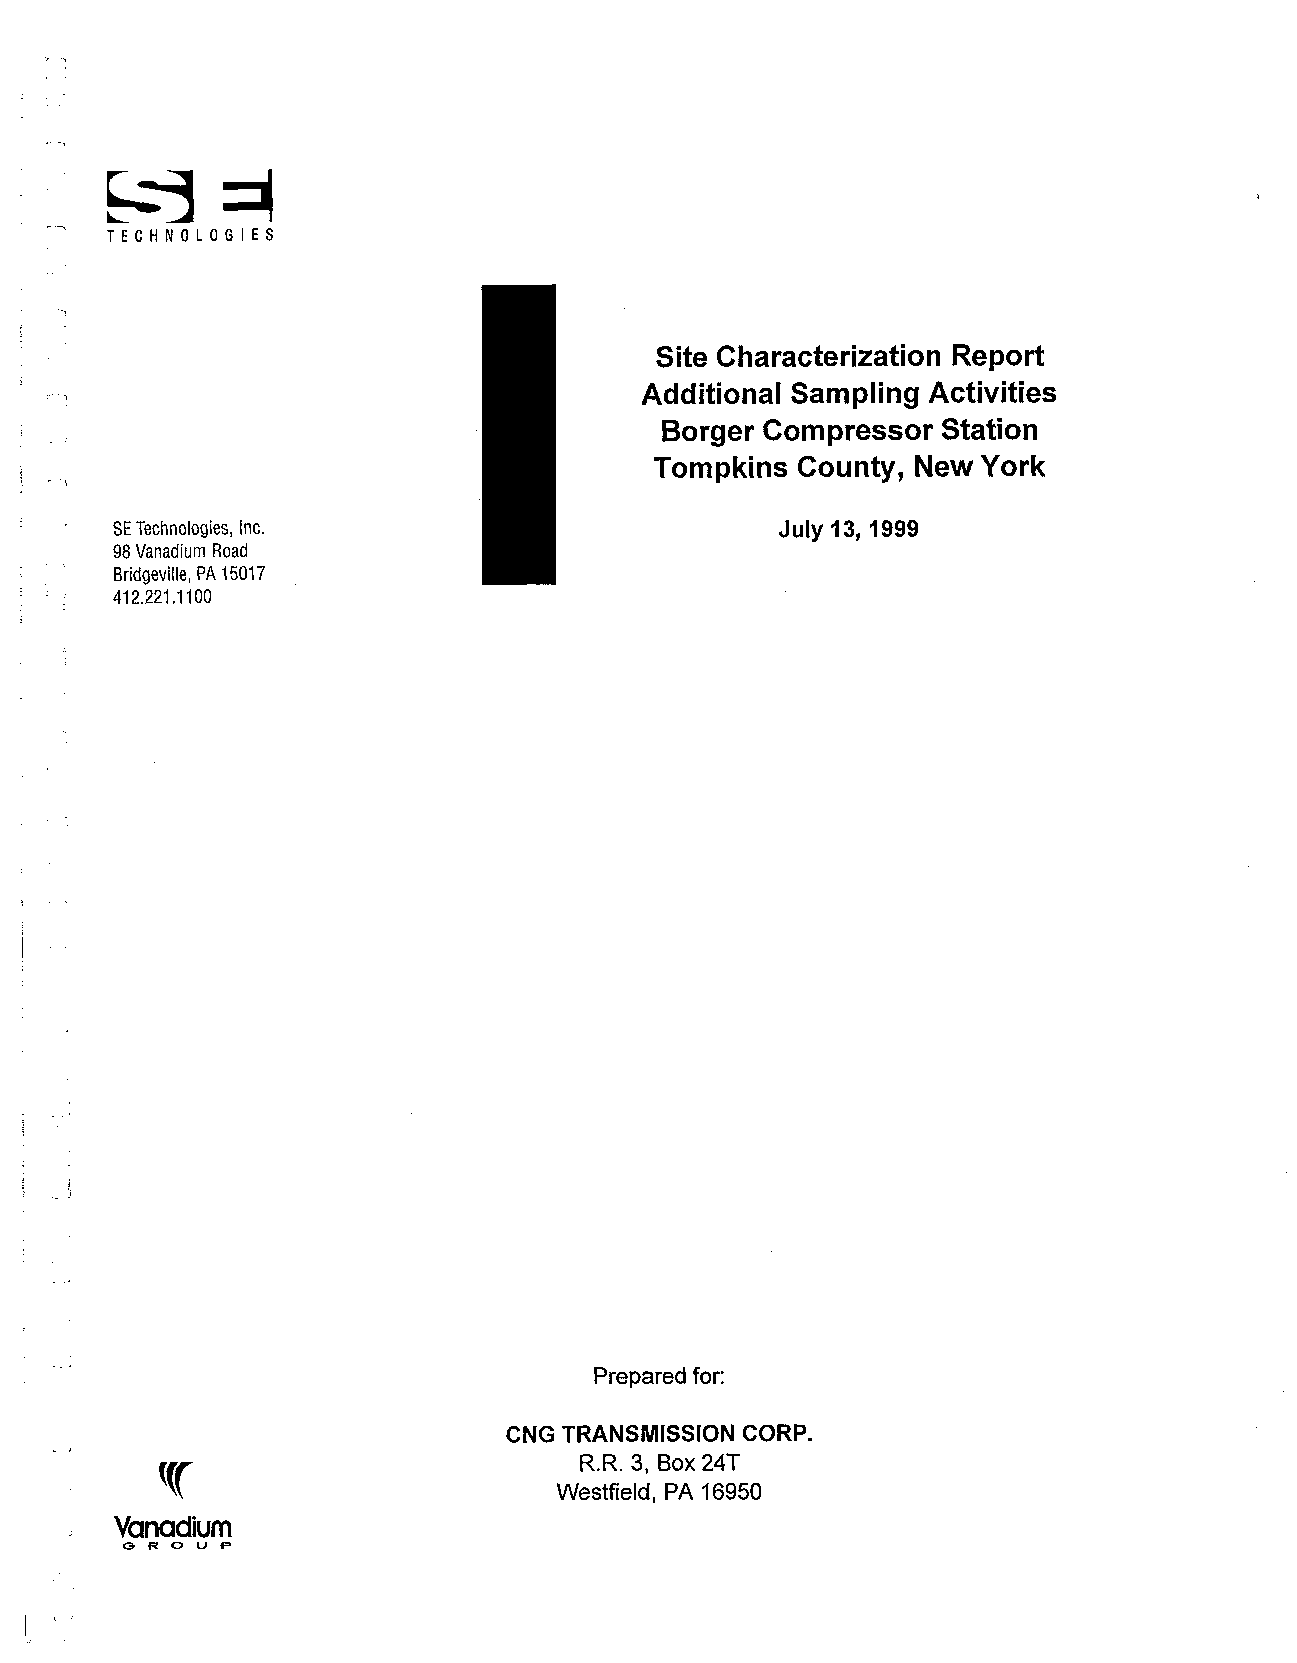
-
 -,
 T E C H N O L O G I E S
 Site Characterization Report
 Additional Sampling Activities
 Borger Compressor Station
 Tompkins  County, New York
 SE Technologies, Inc.                        July 13, 1999
 98 Vanadium Road
 Bridgeville, PA 15017
 412.221 .I100
 Prepared for:
 CNG TRANSMISSION CORP.
 R.R. 3, Box 24T
 Westfield, PA 16950
 Vanadium
 ,
 G R O U P